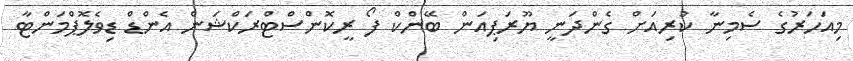
މިއަހަރުގެ ސެމިނާ ކުރިއަށް ގެންދަނީ ޔޫރަޕިއަން ބޭންކް ފޯ ރީކޮންސްޓްރަކްޝަން އެންޑް ޑިވެލޮޕްމަންޓާ